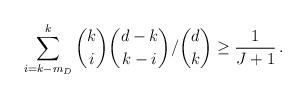
LaTeX: \begin{align*}\sum_{i = k - m_D}^{k} {k \choose i} {d- k \choose k - i } / {d \choose k} \ge \frac{1}{J + 1}\,. \end{align*}